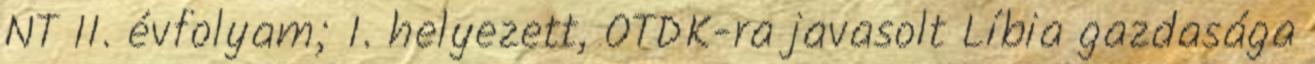
NT II. évfolyam; I. helyezett, OTDK-ra javasolt Líbia gazdasága